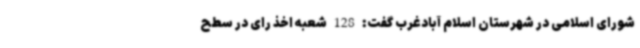
شورای اسلامی در شهرستان اسلام آبادغرب گفت: 128 شعبه اخذ رای در سطح